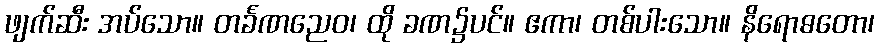
ဖျက်ဆီး အပ်သော။ တင်္ခဏညေဝ၊ ထို ခဏ၌ပင်။ ဧကာ၊ တစ်ပါးသော။ နိရောဓတော၊